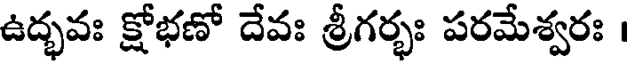
ఉద్భవః క్షోభణో దేవః శ్రీగర్భః పరమేశ్వరః ।